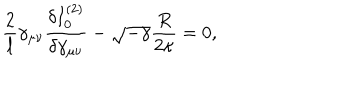
\frac { 2 } { l } \gamma _ { \mu \nu } \frac { \delta I _ { 0 } ^ { ( 2 ) } } { \delta \gamma _ { \mu \nu } } - \sqrt { - \gamma } \frac { R } { 2 \kappa } = 0 ,